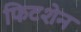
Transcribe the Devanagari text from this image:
फिटशेन